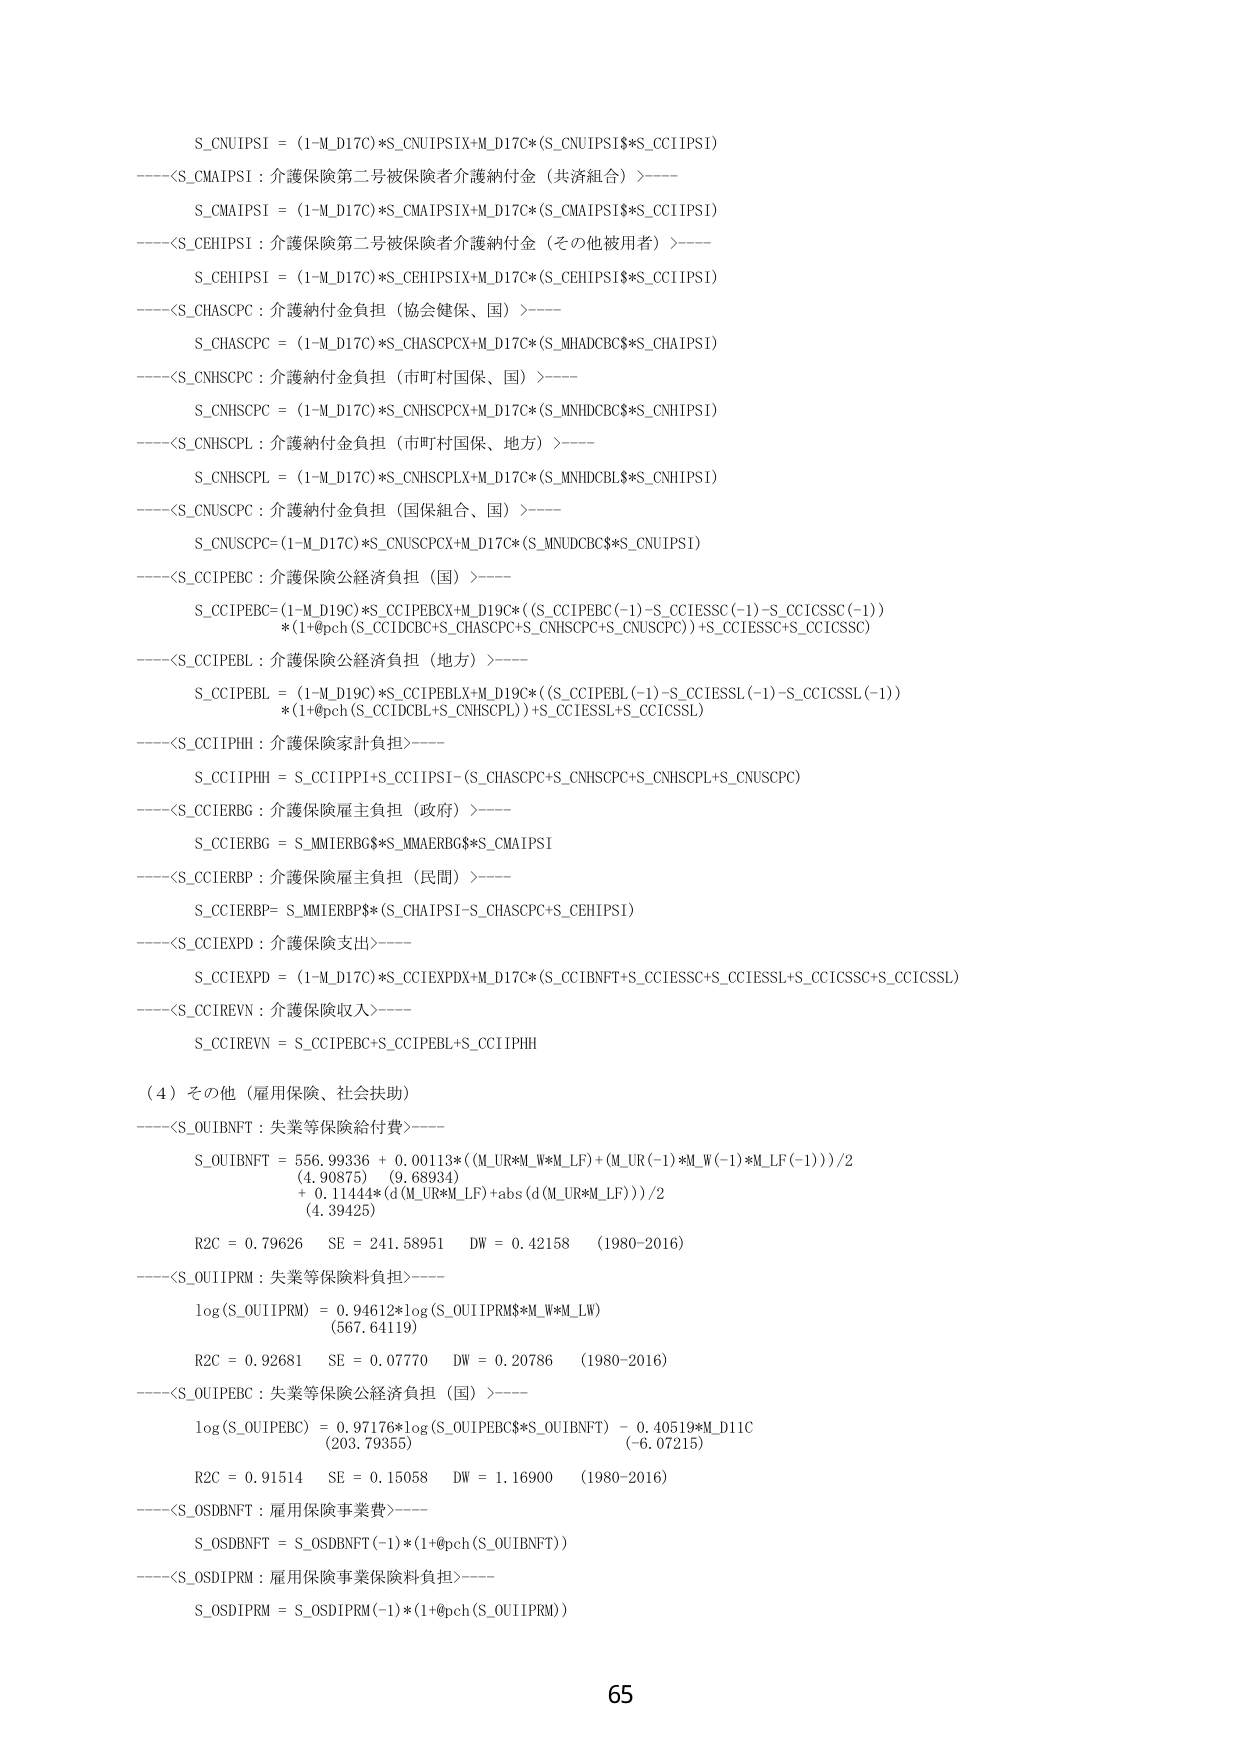
S_CNUIPSI = (1-M_D17C)*S_CNUIPSIX+M_D17C*(S_CNUIPS1$*S_CCI1PSI)
----<S_CMAIPSI：介護保険第二号被保険者介護納付金（共済組合）>----
S_CMAIPSI = (1-M_D17C)*S_CMAIPSIX+M_D17C*(S_CMAIPS1$*S_CCI1PSI)
----<S_CEHIPSI：介護保険第二号被保険者介護納付金（その他被用者）>----
S_CEHIPSI = (1-M_D17C)*S_CEHIPSIX+M_D17C*(S_CEHIPS1$*S_CCI1PSI)
----<S_CHAS CPC：介護納付金負担（協会健保、国）>----
S_CHAS CPC = (1-M_D17C)*S_CHAS CPCX+M_D17C*(S_MHADCBC$*S_CHAIPS1)
----<S_CNHS CPC：介護納付金負担（市町村国保、国）>----
S_CNHS CPC = (1-M_D17C)*S_CNHS CPCX+M_D17C*(S_MNHDCBC$*S_CNHIPS1)
----<S_CNHS CPL：介護納付金負担（市町村国保、地方）>----
S_CNHS CPL = (1-M_D17C)*S_CNHS CPLX+M_D17C*(S_MNHDCBL$*S_CNHIPS1)
----<S_CNUS CPC：介護納付金負担（国保組合、国）>----
S_CNUS CPC=(1-M_D17C)*S_CNUS CPCX+M_D17C*(S_MNUDCBC$*S_CNUIPS1)
----<S_CCIPEBC：介護保険公経済負担（国）>----
S_CCIPEBC=(1-M_D19C)*S_CCIPEBCX+M_D19C*((S_CCIPEBC(-1)-S_CCIESSC(-1)-S_CCICSSC(-1))
*(1+@pch(S_CCIDCBC+S_CHAS CPC+S_CNHS CPC+S_CNUS CPC))+S_CCIESSC+S_CCICSSC)
----<S_CCIPEBL：介護保険公経済負担（地方）>----
S_CCIPEBL = (1-M_D19C)*S_CCIPEBLX+M_D19C*((S_CCIPEBL(-1)-S_CCIESSL(-1)-S_CCICSSL(-1))
*(1+@pch(S_CCIDCBL+S_CNHS CPL))+S_CCIESSL+S_CCICSSL)
----<S_CCI1PHH：介護保険家計負担>----
S_CCI1PHH = S_CCI1PPI+S_CCI1PSI-(S_CHAS CPC+S_CNHS CPC+S_CNHS CPL+S_CNUS CPC)
----<S_CCIERBG：介護保険雇主負担（政府）>----
S_CCIERBG = S_MMIERBG$*S_MMAERBG$*S_CMAIPSI
----<S_CCIERBP：介護保険雇主負担（民間）>----
S_CCIERBP= S_MMIERBP$*(S_CHAIPS1-S_CHAS CPC+S_CEHIPS1)
----<S_CCIEXPD：介護保険支出>----
S_CCIEXPD = (1-M_D17C)*S_CCIEXPDX+M_D17C*(S_CCI BNFT+S_CCIESSC+S_CCIESSL+S_CCICSSC+S_CCICSSL)
----<S_CCI REVN：介護保険収入>----
S_CCI REVN = S_CCIPEBC+S_CCIPEBL+S_CCI1PHH

（4）その他（雇用保険、社会扶助）
----<S_OUI BNFT：失業等保険給付費>----
S_OUI BNFT = 556.99336 + 0.00113*((M_UR*M_W*M_LF)+(M_UR(-1)*M_W(-1)*M_LF(-1)))/2
(4.90875) (9.68934)
+ 0.11444*(d(M_UR*M_LF)+abs(d(M_UR*M_LF)))/2
(4.39425)
R2C = 0.79626 SE = 241.58951 DW = 0.42158 (1980-2016)
----<S_OUI1PRM：失業等保険料負担>----
log(S_OUI1PRM) = 0.94612*log(S_OUI1PRM$*M_W*M_LW)
(567.64119)
R2C = 0.92681 SE = 0.07770 DW = 0.20786 (1980-2016)
----<S_OUIPEBC：失業等保険公経済負担（国）>----
log(S_OUIPEBC) = 0.97176*log(S_OUIPEBC$*S_OUI BNFT) - 0.40519*M_D11C
(203.79355) (-6.07215)
R2C = 0.91514 SE = 0.15058 DW = 1.16900 (1980-2016)
----<S_OSD BNFT：雇用保険事業費>----
S_OSD BNFT = S_OSD BNFT(-1)*(1+@pch(S_OUI BNFT))
----<S_OSD1PRM：雇用保険事業保険料負担>----
S_OSD1PRM = S_OSD1PRM(-1)*(1+@pch(S_OUI1PRM))

65